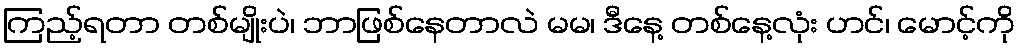
ကြည့်ရတာ တစ်မျိုးပဲ၊ ဘာဖြစ်နေတာလဲ မမ၊ ဒီနေ့ တစ်နေ့လုံး ဟင်၊ မောင့်ကို